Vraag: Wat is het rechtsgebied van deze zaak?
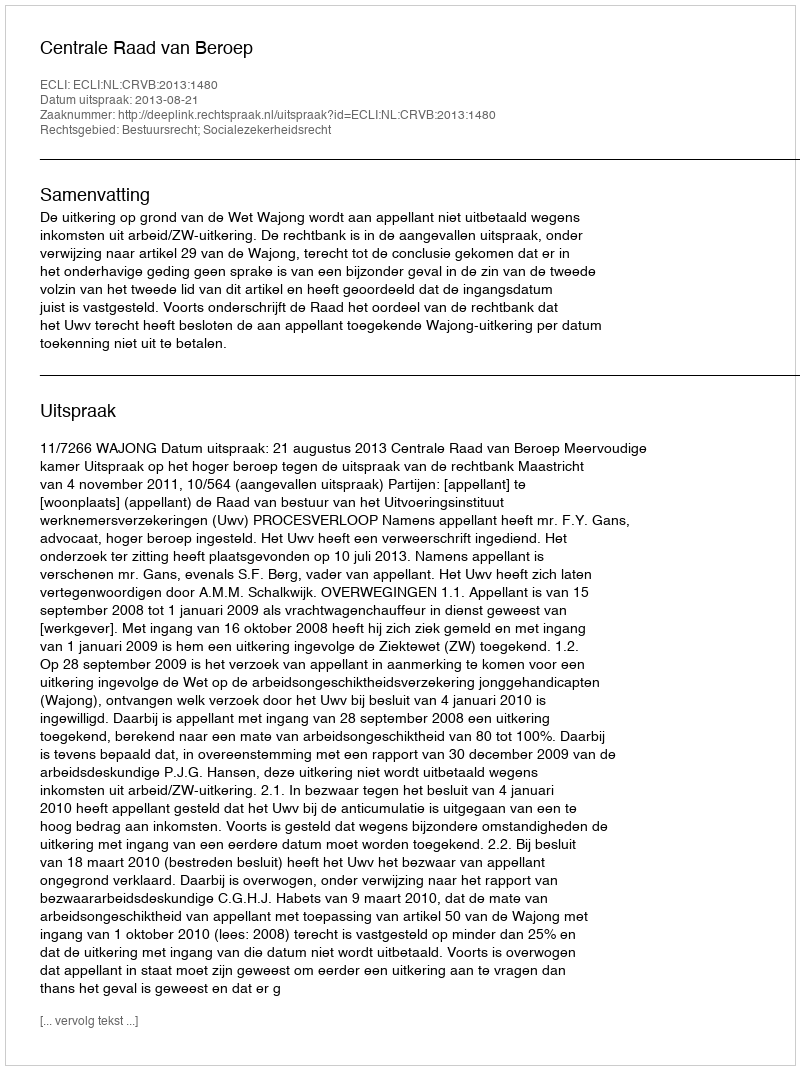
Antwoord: Bestuursrecht; Socialezekerheidsrecht